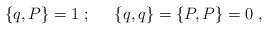
\begin{align*}\{ q,P \} =1\;;\;\;\;\;\; \{ q,q \} = \{ P,P \} = 0\;,\end{align*}